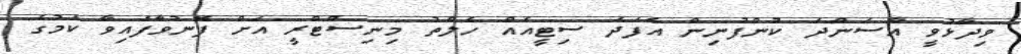
ވިދާޅުވީ އާސަންދަ ކުންފުނިން އެފަދަ ސިޓީއެއް ހެލްތު މިނިސްޓްރީ އަށް ފޮނުވާފައިވާ ކަމުގެ